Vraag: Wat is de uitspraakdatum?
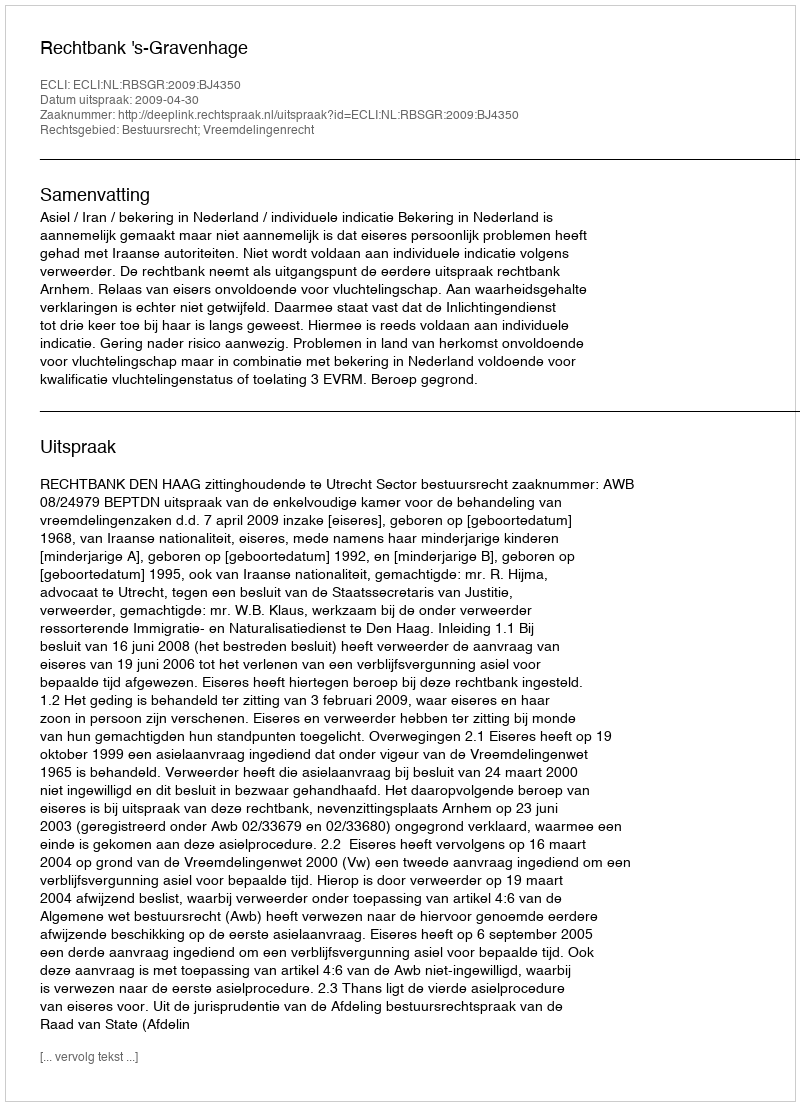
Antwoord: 2009-04-30